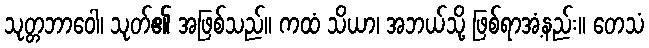
သုတ္တဘာဝေါ၊ သုတ်၏ အဖြစ်သည်။ ကထံ သိယာ၊ အဘယ်သို့ ဖြစ်ရာအံ့နည်း။ တေသံ